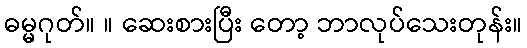
ဓမ္မဂုတ်။ ။ ဆေးစားပြီး တော့ ဘာလုပ်သေးတုန်း။